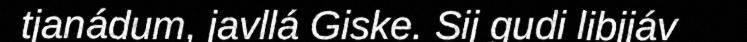
tjanádum, javllá Giske. Sij gudi libjjáv